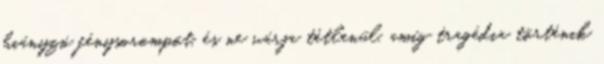
hiányzó fénysorompót, és ne várja tétlenül, amíg tragédia történik